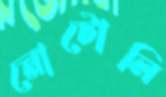
নোটোলি